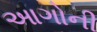
આગોની